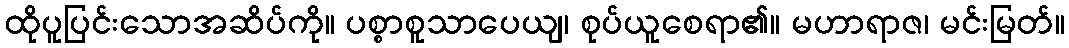
ထိုပူပြင်းသောအဆိပ်ကို။ ပစ္စာစူသာပေယျ၊ စုပ်ယူစေရာ၏။ မဟာရာဇ၊ မင်းမြတ်။